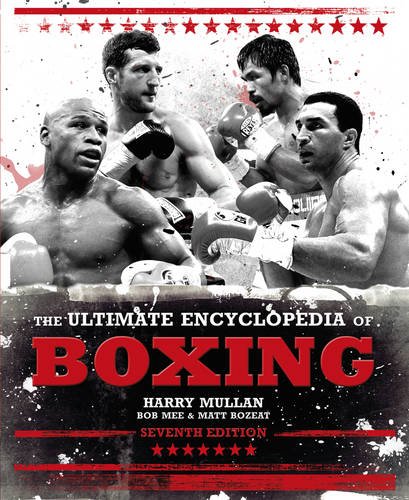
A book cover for The Ultimate Encyclopedia of Boxing: Seventh Edition; Harry Mullan; Reference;